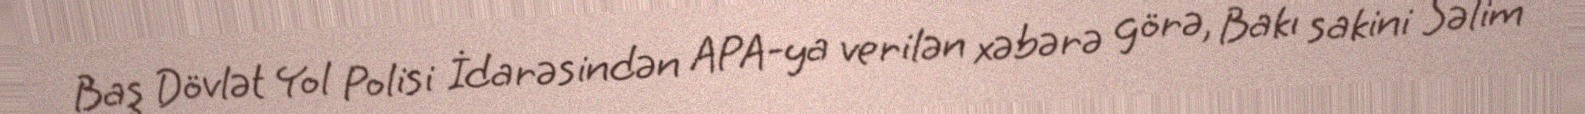
Baş Dövlət Yol Polisi İdarəsindən APA-ya verilən xəbərə görə, Bakı sakini Səlim